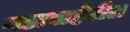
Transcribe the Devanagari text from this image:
गडाबाहेरील